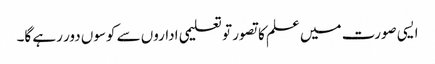
ایسی صورت میں علم کا تصور تو تعلیمی اداروں سے کوسوں دور رہے گا۔